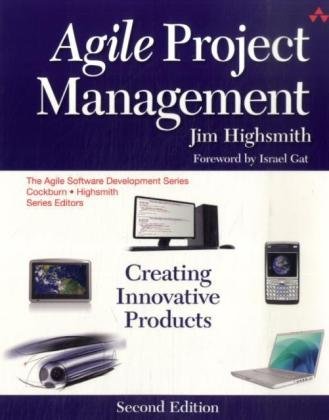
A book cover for Agile Project Management: Creating Innovative Products (2nd Edition); Jim Highsmith; Business & Money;